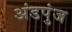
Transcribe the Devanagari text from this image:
अंडपुंज